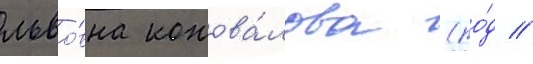
льво́вна конова́лова (ро́д //